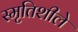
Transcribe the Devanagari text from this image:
स्मृतिशीले